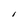
Character: I